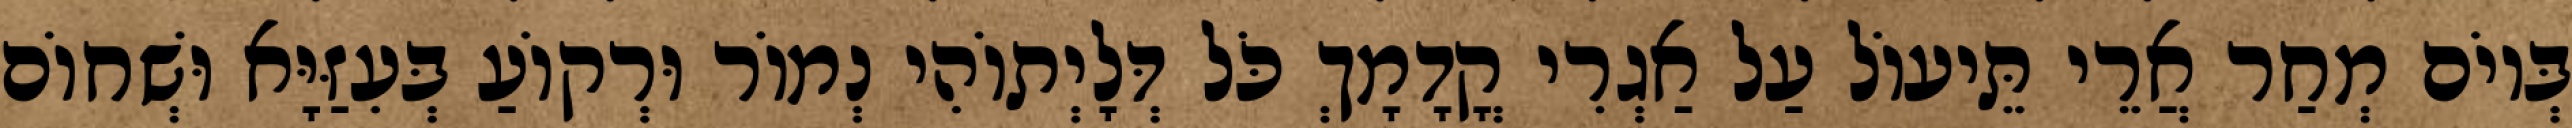
בְּיוֹם מְחַר אֲרֵי תֵּיעוֹל עַל אַגְרִי קֳדָמָךְ כֹּל דְּלָיְתוֹהִי נְמוֹר וּרְקוֹעַ בְּעִזַּיָּא וּשְׁחוֹם